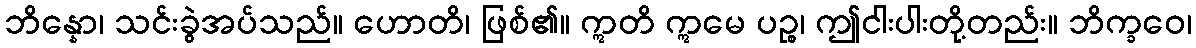
ဘိန္နော၊ သင်းခွဲအပ်သည်။ ဟောတိ၊ ဖြစ်၏။ ဣတိ ဣမေ ပဉ္စ၊ ဤငါးပါးတို့တည်း။ ဘိက္ခဝေ၊